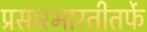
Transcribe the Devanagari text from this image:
प्रसारभारतीतर्फे